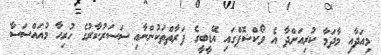
މިއަދާއި މާދަމާ ކުރިއަށްދާ އެ ވޯކްޝޮޕްގައި އޭޑީބީގެ ފަރާތްތަކުންނާއި ސަސަރުކާރުގެ ހުރިހާ މުއައްސަސާ